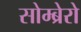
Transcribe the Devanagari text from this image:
सोम्ब्रेरो